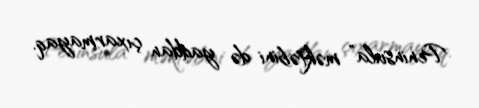
Peninsula” məktəbini də yaddan çıxarmayaq.